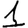
Digit: 1